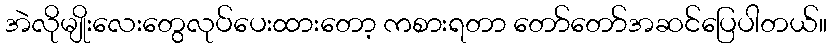
အဲလိုမျိုးလေးတွေလုပ်ပေးထားတော့ ကစားရတာ တော်တော်အဆင်ပြေပါတယ်။